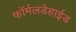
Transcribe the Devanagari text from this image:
फॉर्मलडेहाईड